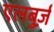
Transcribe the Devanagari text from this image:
एलबुर्ज़